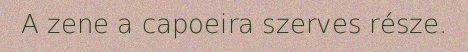
A zene a capoeira szerves része.